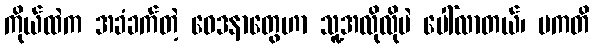
ကိုယ်ထဲက အခံခက်တဲ့ ဝေဒနာတွေဟာ သူ့အလိုလိုပဲ ပေါ်လာတယ်၊ ပကတိ